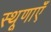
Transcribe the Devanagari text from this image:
स्थूणाएँ